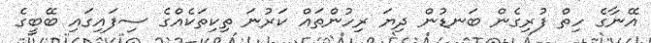
އޭނާގެ ހިތް ފުރިގެން ބަނޑުން ދިޔަ ރިހުންތައް ކަރުނަ ތިކިތަކެއްގެ ސިފައިގައި ބޭބީގެ